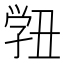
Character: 𭓓